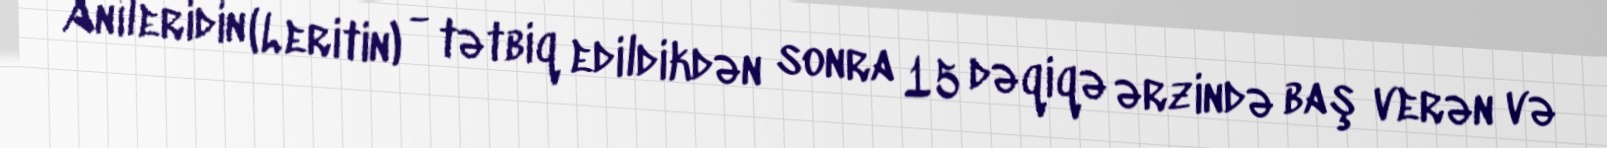
Anileridin (Leritin) - tətbiq edildikdən sonra 15 dəqiqə ərzində baş verən və